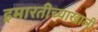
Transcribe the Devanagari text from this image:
इमारतीच्याखाली